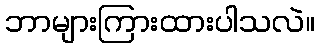
ဘာများကြားထားပါသလဲ။